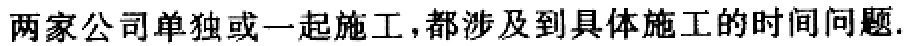
两家公司单独或一起施工,都涉及到具体施工的时间问题.